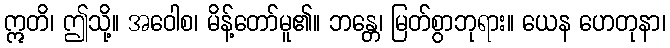
ဣတိ၊ ဤသို့။ အဝေါစ၊ မိန့်တော်မူ၏။ ဘန္တေ၊ မြတ်စွာဘုရား။ ယေန ဟေတုနာ၊